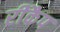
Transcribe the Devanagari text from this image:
रीकैप